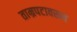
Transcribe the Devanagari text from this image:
ताम्रपटावरून